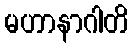
မဟာနာဂါတိ